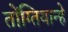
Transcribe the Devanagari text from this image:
तोंग्तियान्हे